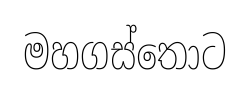
මහගස්තොට